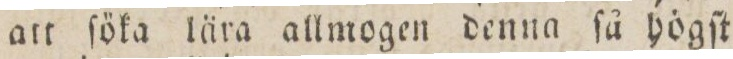
att ſöka lära allmogen denna ſå högſt